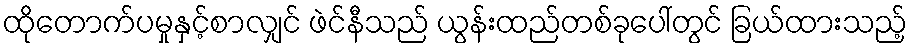
ထိုတောက်ပမှုနှင့်စာလျှင် ဖဲင်နီသည် ယွန်းထည်တစ်ခုပေါ်တွင် ခြယ်ထားသည့်